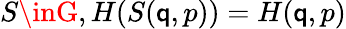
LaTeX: S\inG,H(S(\mathsf{q},p))=H(\mathsf{q},p)